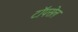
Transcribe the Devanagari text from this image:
टॉपसेल